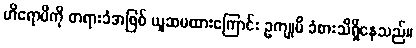
ဟိရောမိကို တရားခံအဖြစ် ယူဆမထားကြောင်း ဥကျုမိ ခံစားသိရှိနေသည်။